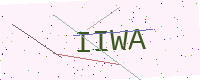
Text: IIWA